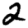
Digit: 2